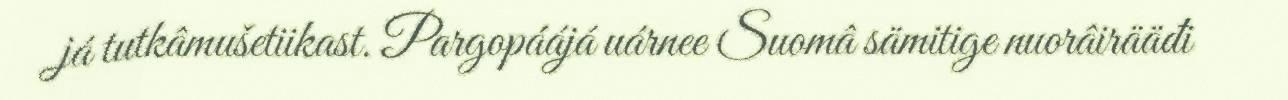
já tutkâmušetiikast. Pargopáájá uárnee Suomâ sämitige nuorâirääđi